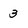
Character: 3